Leaving Certificate, 1897
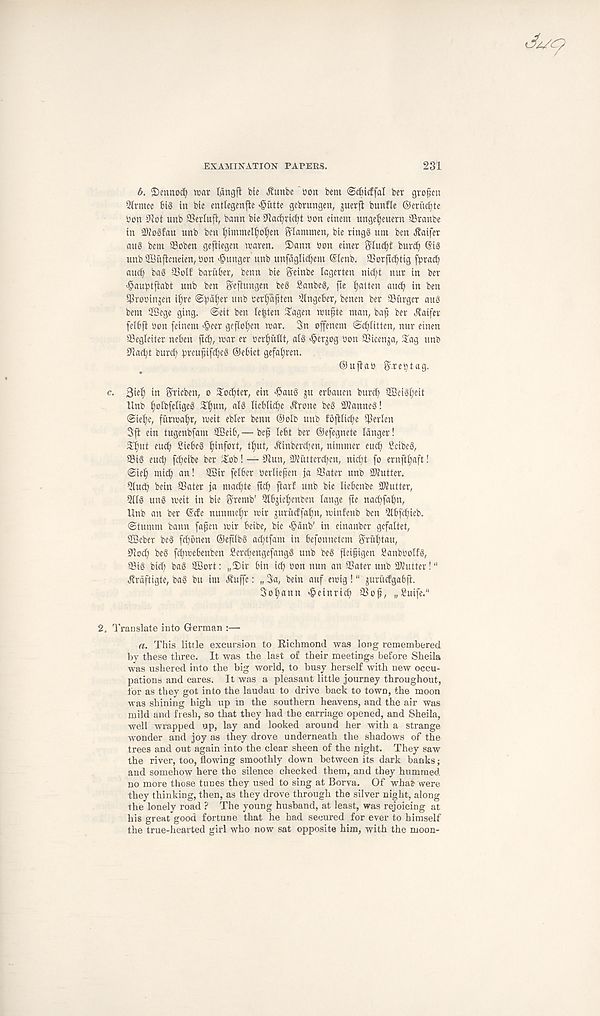
EXAMINATION PAPERS.
231
b. ©mno^ roar t.angfi bte ^unbc ' t>on bcm ©diidfal bet gto^cn
5trmee big in bie entlegenfle •giitte gebntngen, ^uetfi bunfle ©etitcbte
»on 0iot unb 3Sevtu| t, bann bie 9lacfyricf?t bon einem unge^euern ©ranbe
in DioSfau unb ben i)inimeIi)ot;en Siammen, bie ring§ uin ben Jtaifer
aug bent ©oben geftiegen tcaven. 2)aim bon einet Stuc^f bui' ct? (SiS
unb ©iiifieneien, bon hunger unb unfaglicbem (Slenb. ©orftc^tig fpracfy
auc^ ba§ ©olf batuber, benn bie S' einbe lagerten nib^t nut in bet
-§aubtfiabt unb ben ^efiungen be§ fianbeg, fie fatten au^ in ben
©tobingen il)tc (©fjafset unb betpf ten ^ingebet, benen bet ©itrget au3
bem IBege ging. @eit ben lebten ©agen toufte man, bait bet Jtaifer
felbfi bon feincm >§eer geftofyen mat. 3n ofenem ©c^litten, nut einen
©egleiter neben fief), mar et ber^uttt, at3 >6et^og bon ©icenja, ©ag unb
©a(^t butci) bteuf if^cS ©ebiet gefa^ten.
©ufiab ^.tebtag.
c.
in Svieben, o Softer, ein ^aug ju etbauen burci) -2Bei3b)cit
llnb i;oIbfe(igeg $f)un, al3 tieb(ict)e Jlrone be3 ©tanneg!
@ie£)c, futmai)t, rueit ebiet benn ©olb uub fbfilic^e ©erlen
3ft ein tugenbfam SBeib, — bcfj lebt bet ©efegnete langer!
©f)ut end) Sicbeg Ijinfott, tl)ut, Jtinberet)en, nimmct eucb Scibeg,
©ig euct) fct)cibe bet $ob! — ©un, ©Juttetc^cn, nicft fo ernftl;aft!
@ie^ mic^ an! 3Bit felbet bcrliefen fa ©ater unb ©hitter.
Qludf bein ©ater fa mact)te ftcb ftatf unb bie liebcnbe ©tutter,
5(Ig ung me it in bie Stentb’ Qlbjiefjenben lange fie nac^fafm,
Unb an bet ©de nunmelft mit jutudfafm, minfenb ben 5lbjd)ieb.
©tumni bann fafen mit beibe, bie >§anb’ in einanbct gcfaltet,
QBcbet beg fc^bnen ©efilbg ac^tfam in befonnctcm Sriiftau,
©o^i beg fcfymebenben Setdiengefangg unb beg f(ei§igen Sanbbolfg,
©ig bid) bag SBott: „2)ir bin ic^ oon nun an ©atet unb ©tutter!"
^rdftigte, bag bu int Jtuffc: „3a, bein auf emig !" ^urucfgabfi.
3oI;ann 'geinric^ ©of, „Suife."
2. 1’ranslate into German :—
a. This little excursion to Richmond was long remembered
by these three. It was the last of their meetings before Sheila
was ushered into the big world, to busy herself with new occu-
pations and cares. It was a pleasant little journey throughout,
for as they got into the laudau to drive back to town, the moon
was shining high up in the southern heavens, and the air was
mild and fresh, so that they had the carriage opened, and Sheila,
well wrapped up, lay and looked around her with a strange
wonder and joy as they drove underneath the shadows of the
trees and out again into the clear sheen of the night. They saw
the river, too, flowing smoothly down between its dark banks;
and somehow here the silence checked them, and they hummed,
no more those tunes they used to sing at Borva. Of wha£ were
they thinking, then, as they drove through the silver night, along
the lonely road ? The young husband, at least, was rejoicing at
his great good fortune that he had secured for ever to himself
the true-hearted girl who now sat opposite him, with the moon-